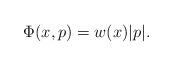
LaTeX: \begin{align*}\Phi(x,p)=w(x)|p|.\end{align*}